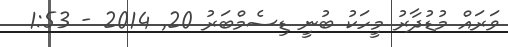
ވަރައް މުޑުދާރު މީހަކު ބުނީ ޑިސެމްބަރު 20